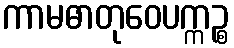
ကာမဓာတုဝေပက္ကဉ္စ